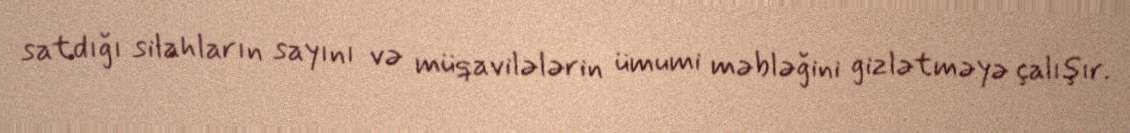
satdığı silahların sayını və müqavilələrin ümumi məbləğini gizlətməyə çalışır.